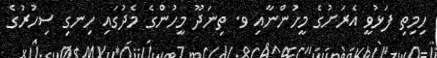
ހިމިތި ފަޅުވީ އެރަށުގެ މީހުންނާއި ވ. ތިނަދޫ މީހުންގެ މެދުގައި ހިނގި ސިހުރުގެ